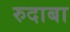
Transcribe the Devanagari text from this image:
रुदाबा